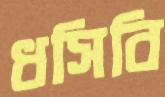
ধসিবি